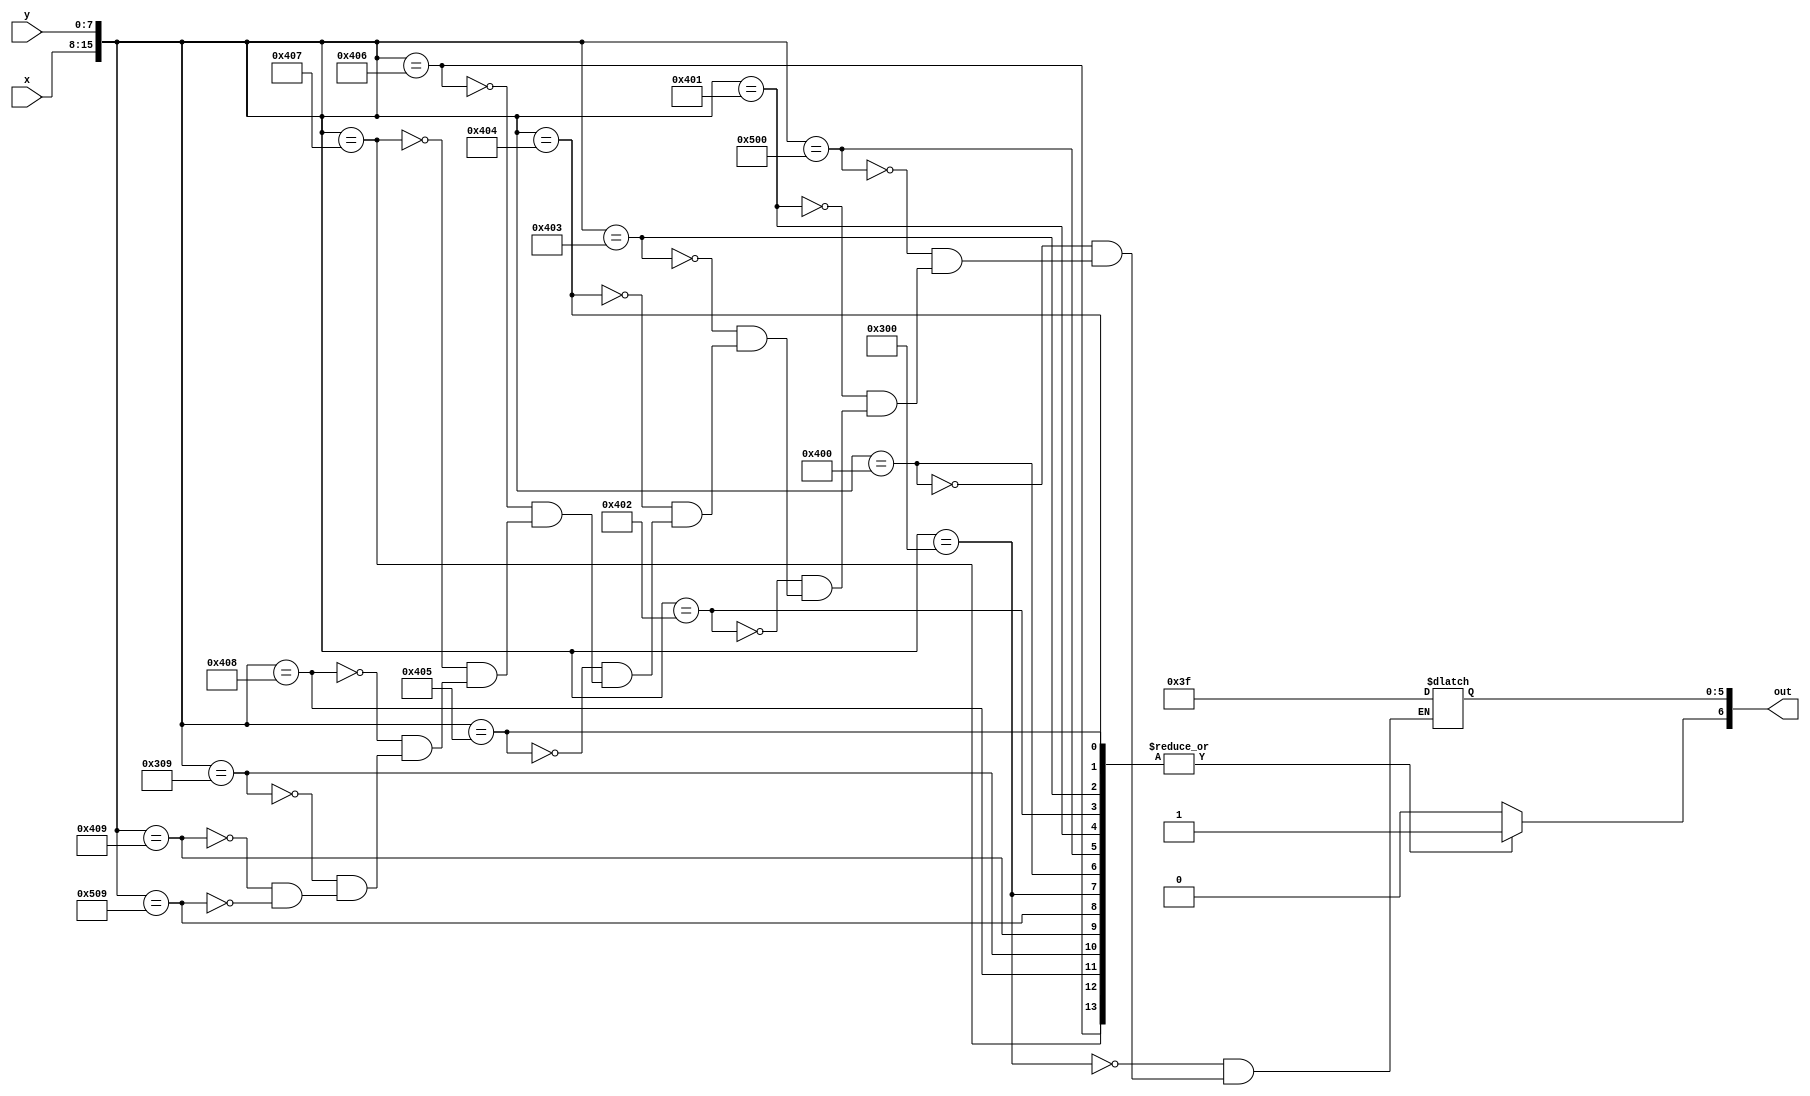
module char_i_lut(x, y, out);
	input [7:0] x;
	input [7:0] y;
	output reg [6:0] out;

	always@(*)
	begin
		out[6] <= 1'b1;
		case({x, y})
			16'h0300: out[5:0] <= 6'b111111;
			16'h0400: out[5:0] <= 6'b111111;
			16'h0500: out[5:0] <= 6'b111111;
			
			16'h0401: out[5:0] <= 6'b111111;
			16'h0402: out[5:0] <= 6'b111111;
			16'h0403: out[5:0] <= 6'b111111;
			16'h0404: out[5:0] <= 6'b111111;
			16'h0405: out[5:0] <= 6'b111111;
			16'h0406: out[5:0] <= 6'b111111;
			16'h0407: out[5:0] <= 6'b111111;
			16'h0408: out[5:0] <= 6'b111111;
			
			16'h0309: out[5:0] <= 6'b111111;
			16'h0409: out[5:0] <= 6'b111111;
			16'h0509: out[5:0] <= 6'b111111;

			default: out[6] <= 1'b0;
		endcase
	end
endmodule
module char_i(x, y, flush_x, flush_y, colour, enable);
	input [7:0] x;
	input [7:0] y;
	input [7:0] flush_x;
	input [7:0] flush_y;
	
	output [5:0] colour;
	output enable;
	
	wire [6:0] lut_out;
	
	char_i_lut(flush_x - x, flush_y - y, lut_out);
	
	assign colour = lut_out[5:0];
	assign enable = lut_out[6];
endmodule